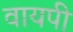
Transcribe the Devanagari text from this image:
वायपी